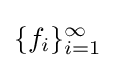
\{f_{i}\}_{i=1}^{\infty }